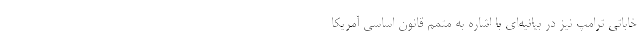
خاباتی ترامپ نیز در بیانیه‌ای با اشاره به متمم قانون اساسی آمریکا